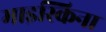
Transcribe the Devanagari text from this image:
माइस्किना